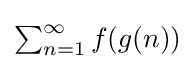
{\textstyle \sum _{n=1}^{\infty }f(g(n))}